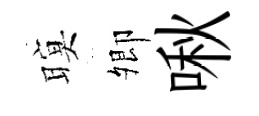
暝𡖖啾